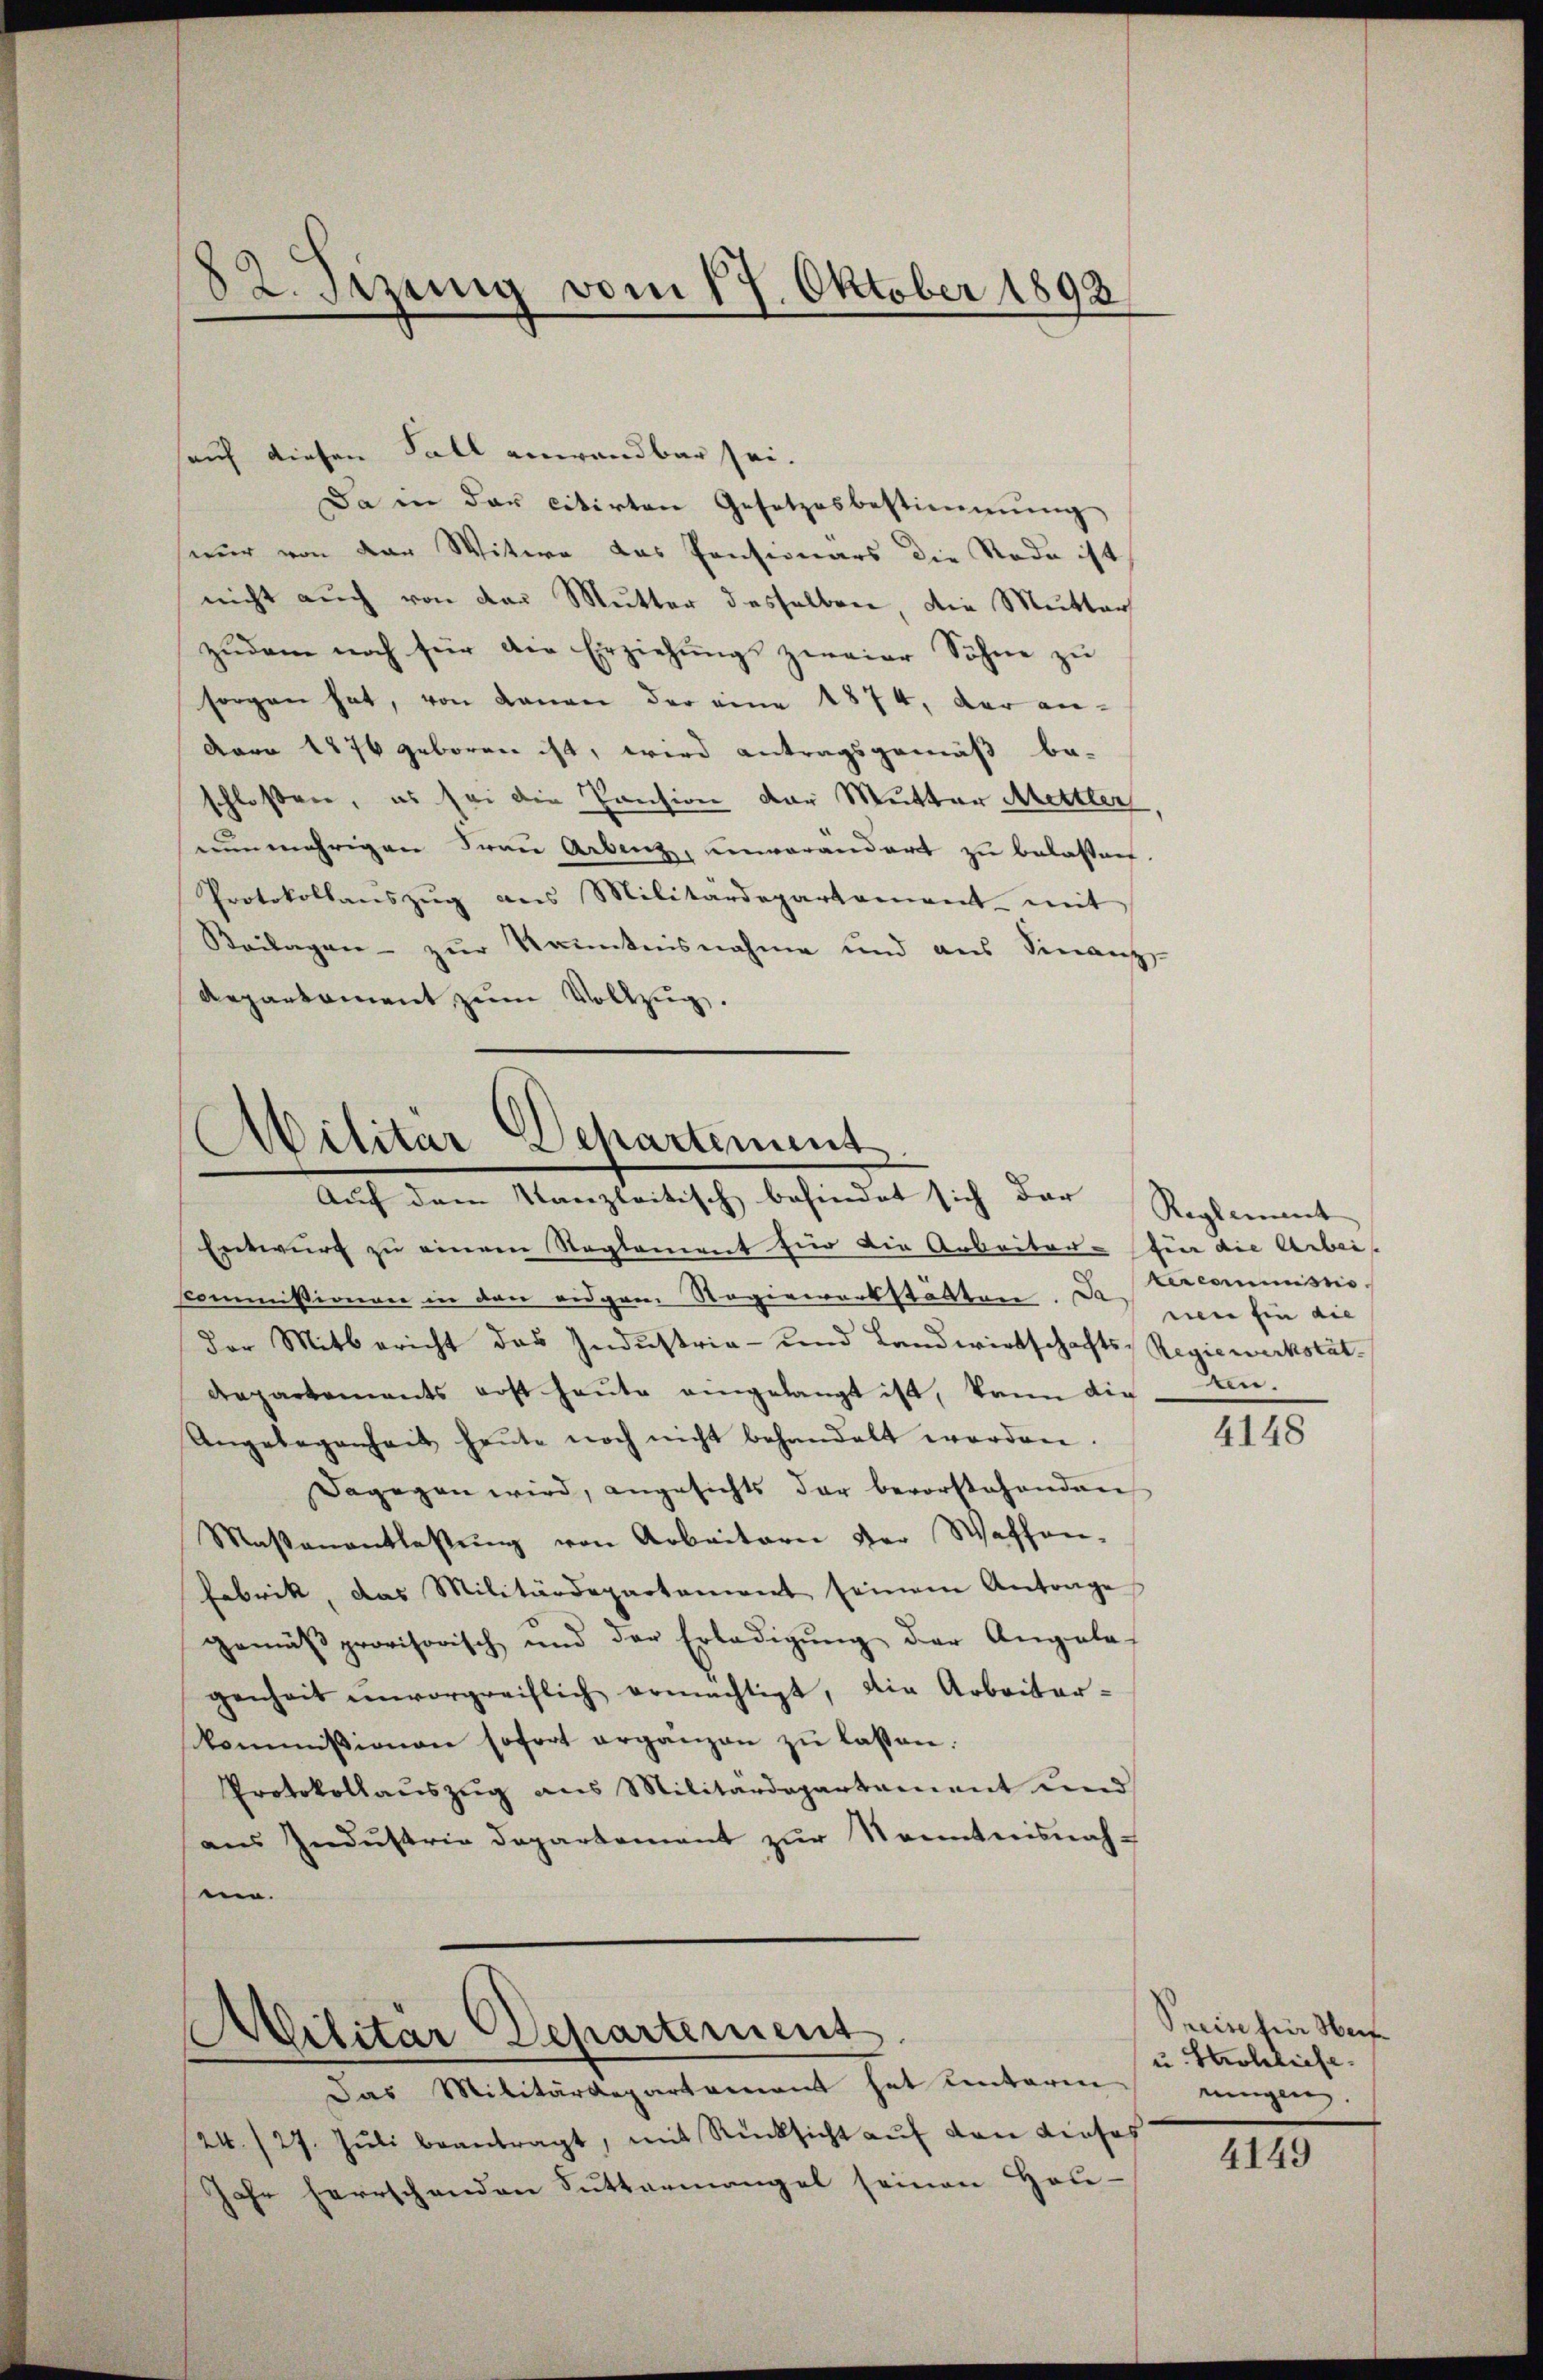
82. Setzung vom 17. Oktober 1892

sauf diesen Fall anwendbar sei.
Da in der citirten Gesetzesbestimmung
nur von der Witwe das Pensionärs die Rode ist
nicht auch von der Mutter desselben, die Mutter
zudem noch für die Erziehungs zweier Söhne zu
sorgen hat, von Lanen der eine 1874, der an-
Aaro 1876 geboren ist, wird antragsgemäß be-
schloßen, es sei die Pension der Mutter Mettler
nunmehrigen Frau Arbeit, unvorandert zu belasten.
Protokollanszug aus Militärdepartament mit
Beilagen - zur Kenntnisnahme und aus Finanz-
Repartament zŭm Vollzŭg.

Militar Departement
Auf dem Kanzleitisch befindet sich der Reglement

Militär Departement

Entwurf zu einem Reglement für die Arbeiter für die Arbeit
Commissionen in den eigem Regiewerkstätten. Da
der Mitbericht das Industria- und Landwirtschafts-Regiewerkstät
departements erst heute eingelangt ist, kann die An-
Angelegenheit heŭte noch nicht behandelt worden.
Dagegen wird, angesichts der bevorstehenden
Masanentlassŭng von Arbeitern der Waffen-
Fabrik, das Militärdepartement seinem Antrage
gemäβ provisorisch und der Erledigŭng der Angelas
genheit ŭnvorgreiflich ermächtigt, die Arbeiter-
skommissionen sofort ergänzen zŭ lassen.
Protokollaŭszŭg ans Militärdepartament und
aus Industrie Departement zur Kenntnisnah-
m.

Das Militärdepartement hat unteren
24./27. Juli beantragt, mit Rücksicht auf den dieses
Jahr herrschenden Suttermangel seinen Hol-

tercommissio
nen Ein die

4148

Preise für Hei
u. Strobeleise.
ringen.

4149